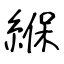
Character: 緥